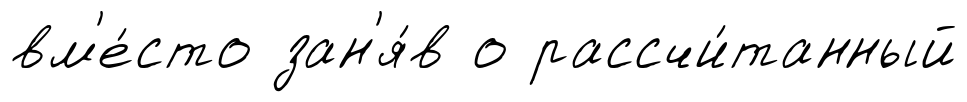
вм'е́сто зан'я́в о рассчи́танный